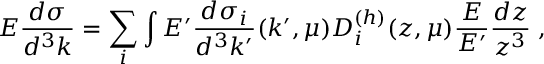
E \frac { d \sigma } { d ^ { 3 } k } = \sum _ { i } \int E ^ { \prime } \frac { d \sigma _ { i } } { d ^ { 3 } k ^ { \prime } } ( k ^ { \prime } , \mu ) D _ { i } ^ { ( h ) } ( z , \mu ) \frac { E } { E ^ { \prime } } \frac { d z } { z ^ { 3 } } \; ,